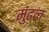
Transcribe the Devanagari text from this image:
मुंढल